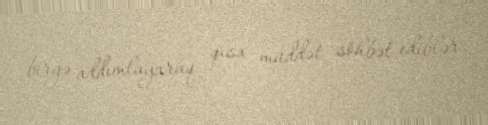
birgə addımlayaraq qısa müddət söhbət ediblər.